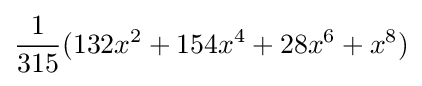
{\frac {1}{315}}(132x^{2}+154x^{4}+28x^{6}+x^{8})